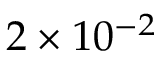
2 \times 1 0 ^ { - 2 }